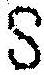
S